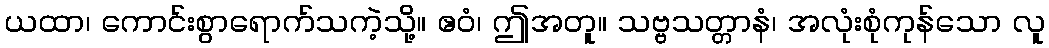
ယထာ၊ ကောင်းစွာရောက်သကဲ့သို့။ ဧဝံ၊ ဤအတူ။ သဗ္ဗသတ္တာနံ၊ အလုံးစုံကုန်သော လူ